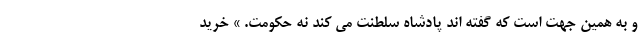
و به همین جهت است که گفته اند پادشاه سلطنت می کند نه حکومت. » خرید